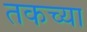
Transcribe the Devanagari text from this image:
तकच्या